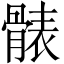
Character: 𩩩